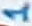
Text: 1